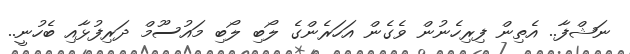
ނަޝްފާ.. އެތިން ފިރިހެނުން ވެގެން އަހަރެންގެ ލޯބި ލޯބި މައުސޫމް ދަރިފުޅާއި ބެހުނީ..